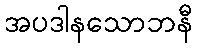
အပဒါနသောဘနီ